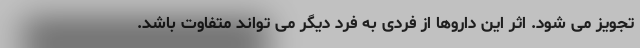
تجویز می شود. اثر این داروها از فردی به فرد دیگر می تواند متفاوت باشد.